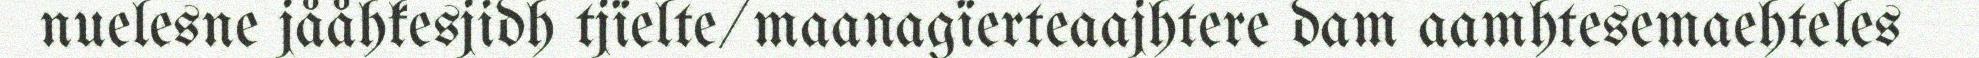
nuelesne jååhkesjidh tjïelte/maanagïerteaajhtere dam aamhtesemaehteles